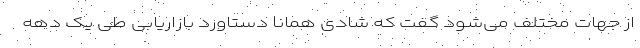
از جهات مختلف می‌شود گفت که شادی همانا دستاورد بازاریابی طی یک دهه